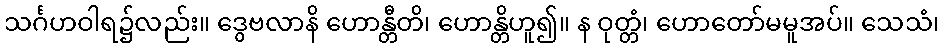
သင်္ဂဟဝါရ၌လည်း။ ဒွေဗလာနိ ဟောန္တီတိ၊ ဟောန္တိဟူ၍။ န ဝုတ္တံ၊ ဟောတော်မမူအပ်။ သေသံ၊